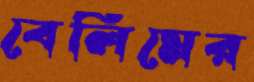
বেলিমের